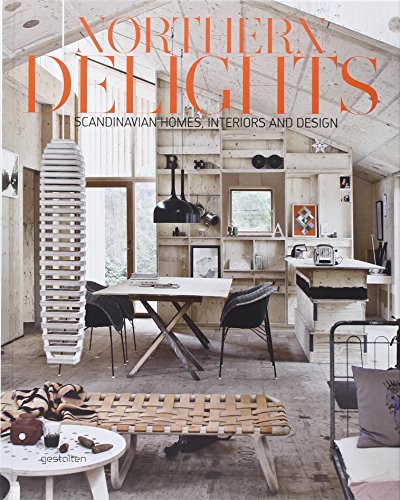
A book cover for Northern Delights: Scandinavian Homes, Interiors and Design; Crafts, Hobbies & Home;